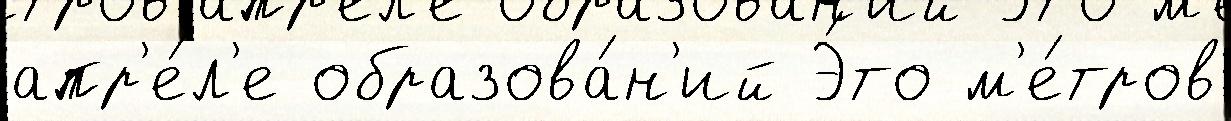
апр'е́л'е образова́н'ий Э́то м'е́тров